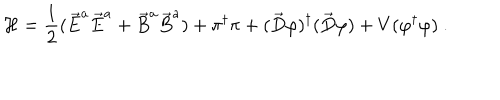
{ \cal H } = \frac { 1 } { 2 } ( \vec { E } ^ { a } \vec { E } ^ { a } + \vec { B } ^ { a } \vec { B } ^ { a } ) + \pi ^ { \dagger } \pi + ( \vec { D } \varphi ) ^ { \dagger } ( \vec { D } \varphi ) + V ( \varphi ^ { \dagger } \varphi ) \ .